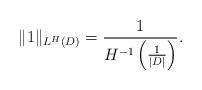
LaTeX: \begin{align*}\|1 \|_{L^H(D)} = \frac1{H^{-1}\left( \frac1{|D|}\right)}.\end{align*}